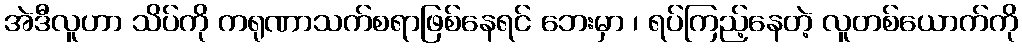
အဲဒီလူဟာ သိပ်ကို ကရုဏာသက်စရာဖြစ်နေရင် ဘေးမှာ ၊ ရပ်ကြည့်နေတဲ့ လူတစ်ယောက်ကို